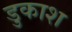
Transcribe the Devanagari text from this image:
डुकाश